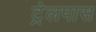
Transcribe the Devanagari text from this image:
ट्रेलपास